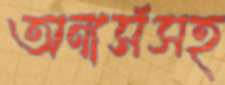
অনার্সসহ